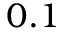
0 . 1